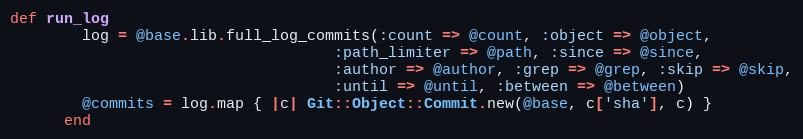
Language: Ruby
def run_log
        log = @base.lib.full_log_commits(:count => @count, :object => @object,
                                    :path_limiter => @path, :since => @since,
                                    :author => @author, :grep => @grep, :skip => @skip,
                                    :until => @until, :between => @between)
        @commits = log.map { |c| Git::Object::Commit.new(@base, c['sha'], c) }
      end